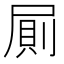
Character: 𭕤